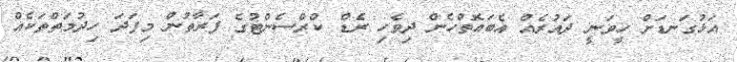
އަޅުގަނޑަށް ހީވަނީ ދައުރެއް އެބައޮތްހެން ދިވެހި ރެޑް ކްރްސެންޓުގެ ފަރާތުން މިފަދަ ހިދުމަތްތަކެއް